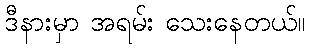
ဒီနားမှာ အရမ်း သေးနေတယ်။